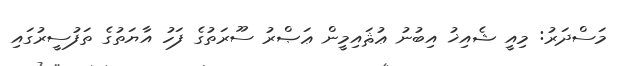
މަސްދަރު: މިއީ ޝެއިޚު އިބުނު ޢުޘައިމީން ޢަޞްރު ސޫރަތުގެ ފަހު އާޔަތުގެ ތަފުސީރުގައި